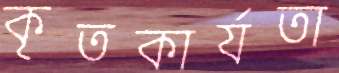
কৃতকার্যতা